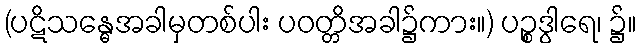
(ပဋိသန္ဓေအခါမှတစ်ပါး ပဝတ္တိအခါ၌ကား။) ပဉ္စဒွါရေ၊ ၌။